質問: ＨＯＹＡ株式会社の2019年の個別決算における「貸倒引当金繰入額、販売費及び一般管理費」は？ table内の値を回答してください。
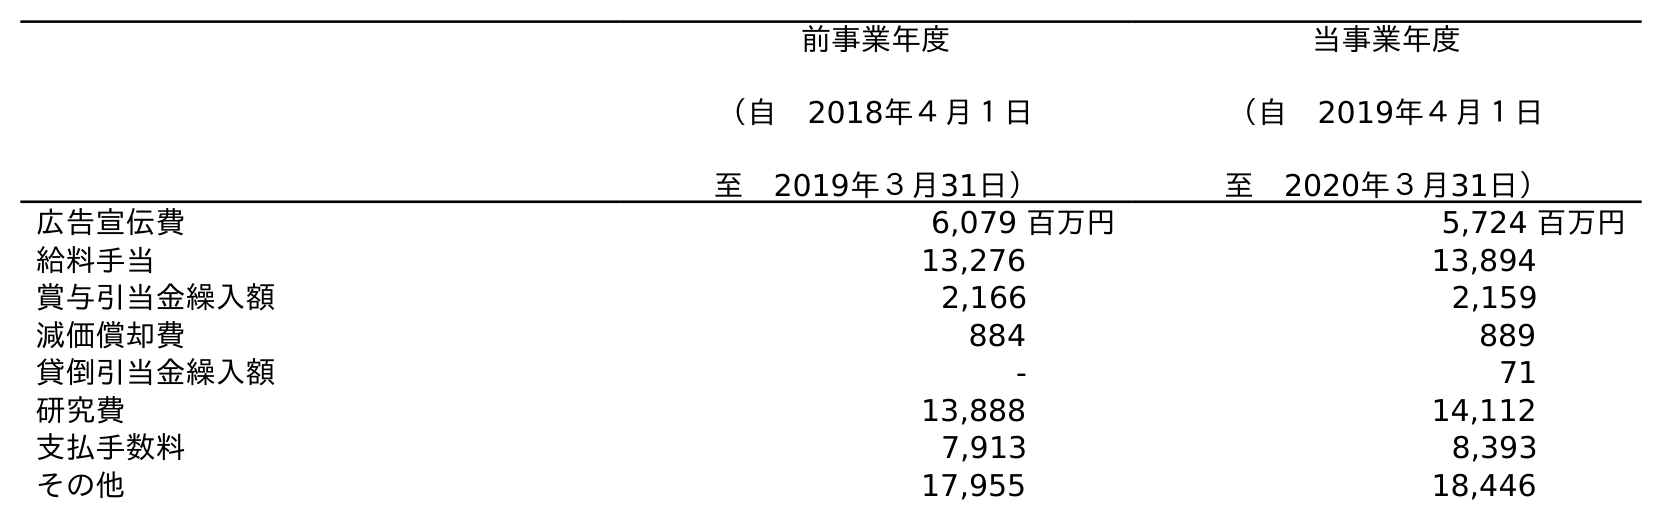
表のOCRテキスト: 前事業年度 （自 2018年４月１日 至 2019年３月31日） 当事業年度 （自 2019年４月１日 至 2020年３月31日） 広告宣伝費 6,079 百万円 5,724 百万円 給料手当 13,276 13,894 賞与引当金繰入額 2,166 2,159 減価償却費 884 889 貸倒引当金繰入額 - 71 研究費 13,888 14,112 支払手数料 7,913 8,393 その他 17,955 18,446
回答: -